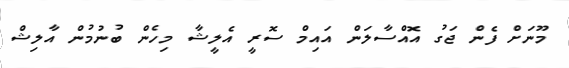
މޫނަށް ފެން ޖަގު އޮއްސާލަން އައިމް ސޮރީ އެލީޝާ މިހެން ބުނުމުން އާލިޝް